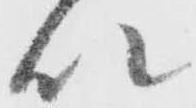
以